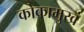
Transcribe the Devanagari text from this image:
कोकामुखं